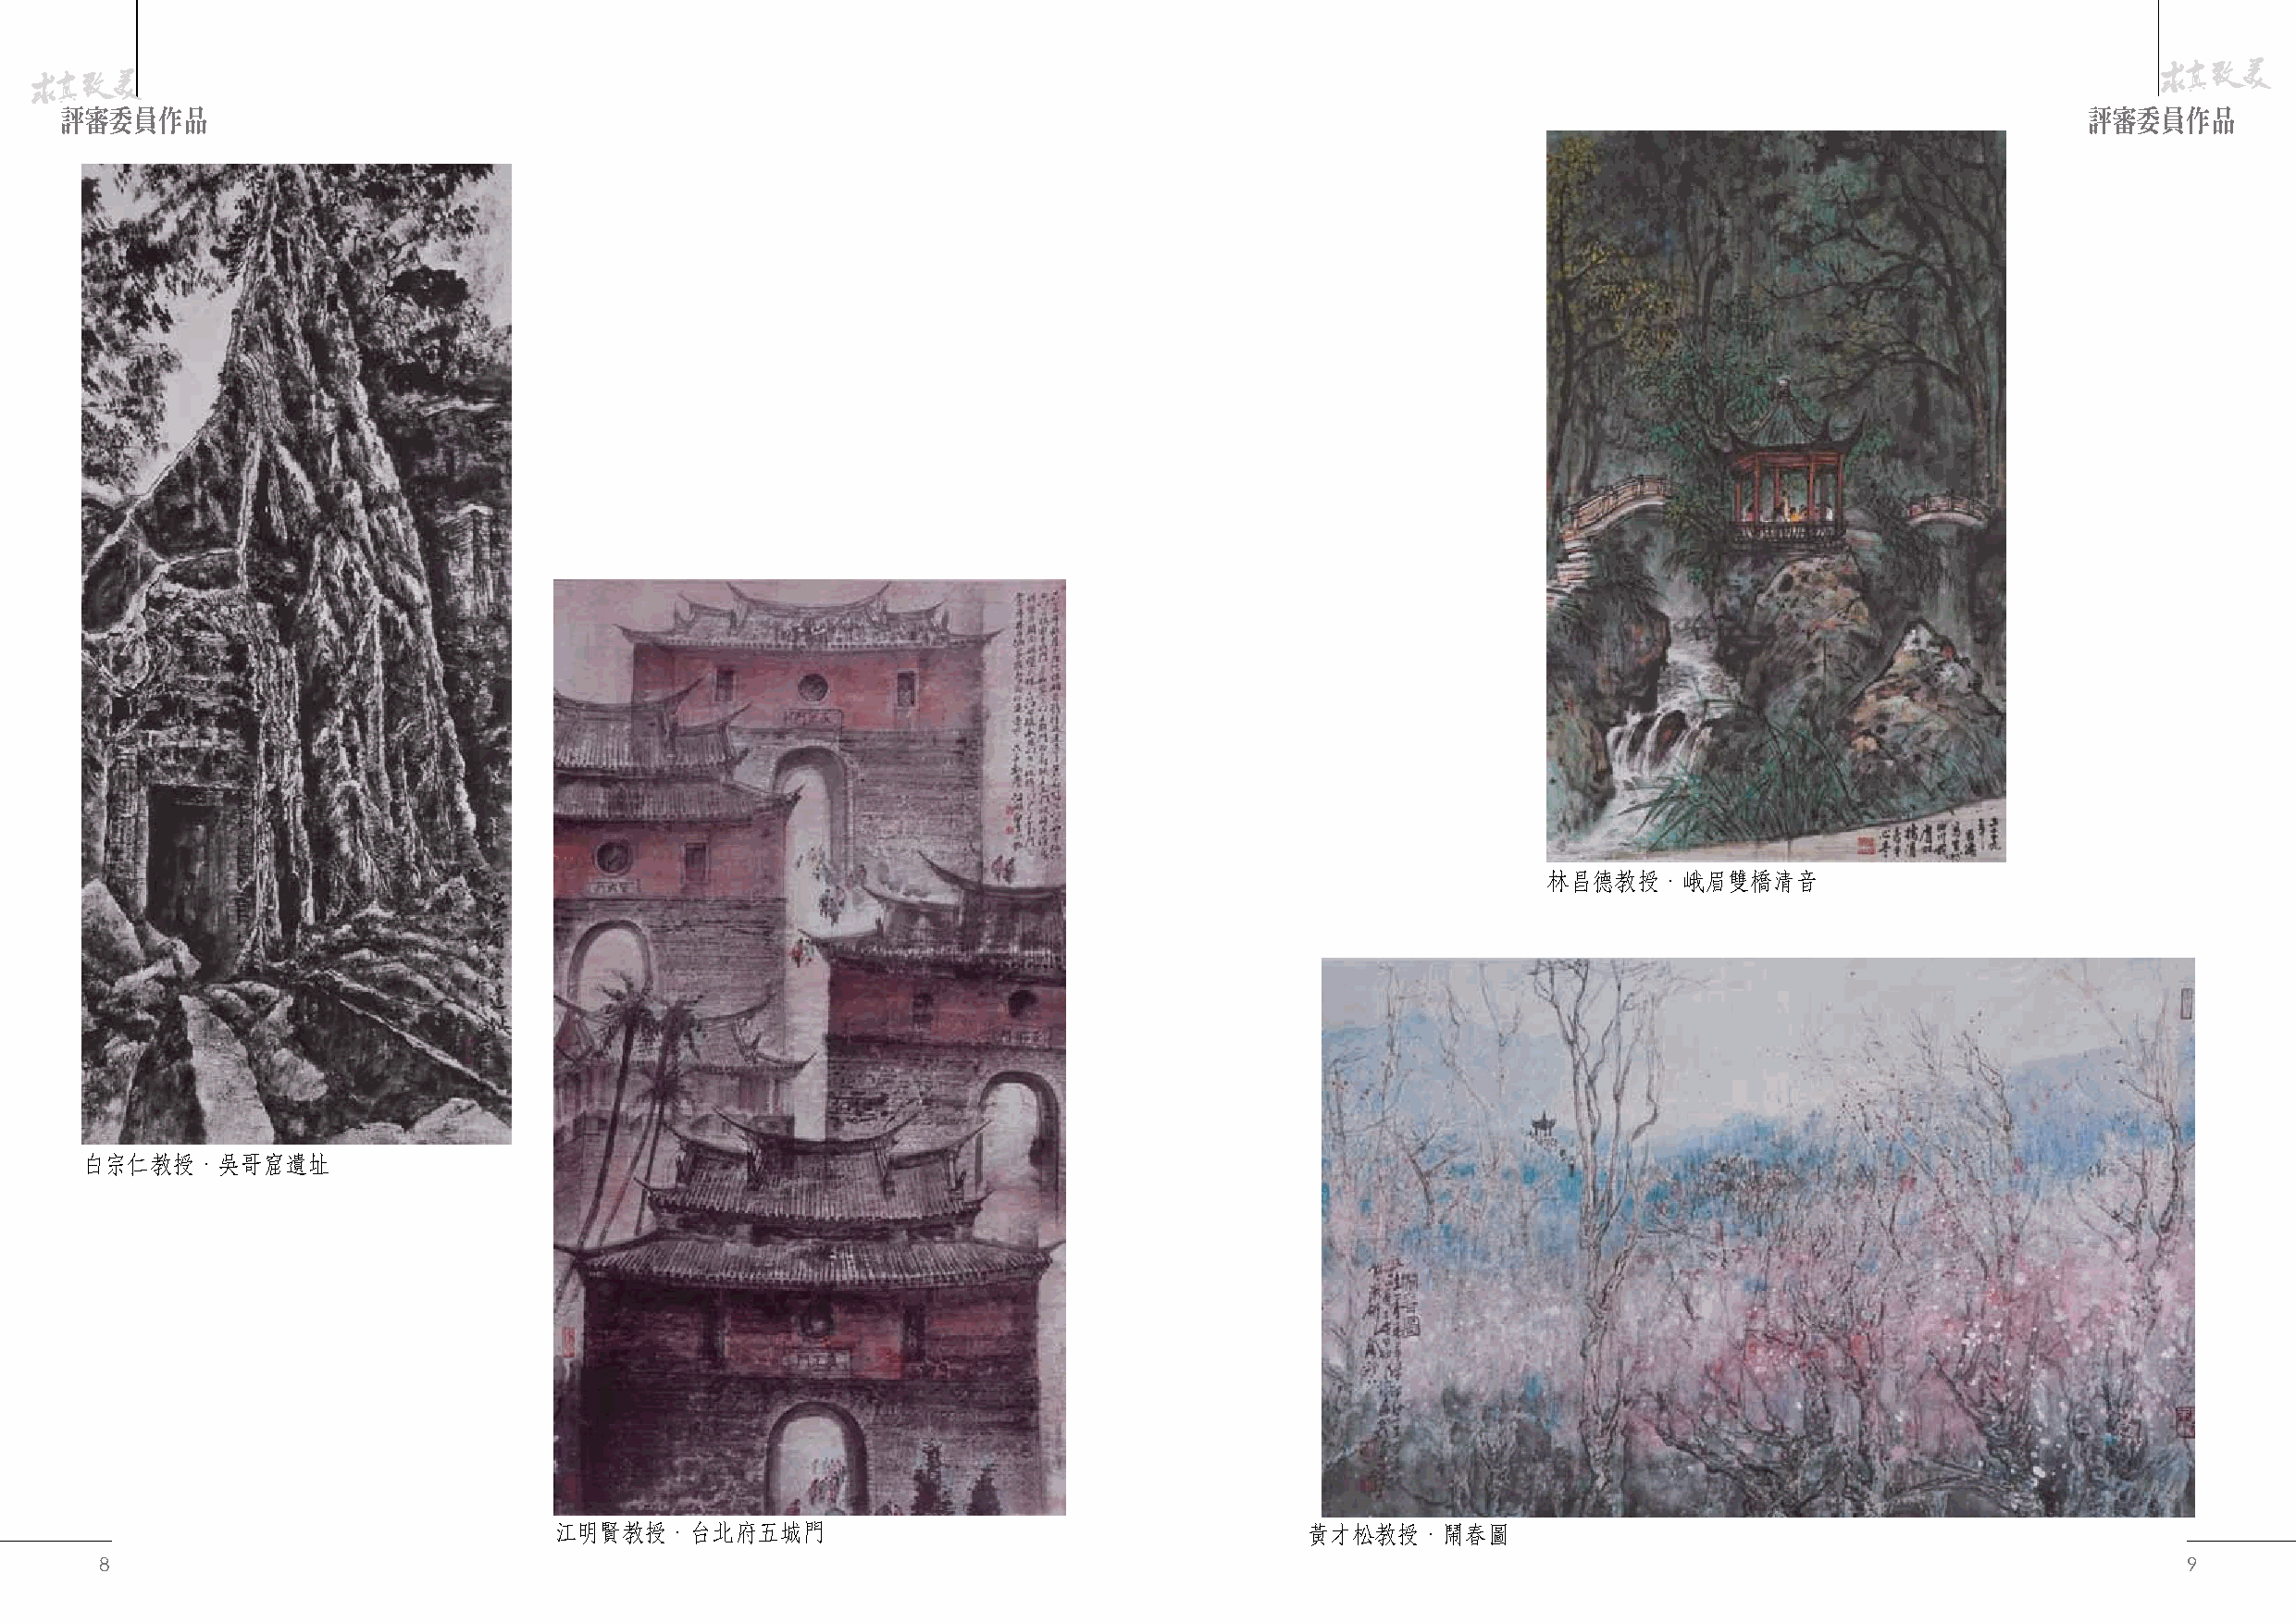
評審委員作品                                                                                                                                           評審委員作品
 林昌德教授．峨眉雙橋清音
 白宗仁教授．吳哥窟遺址
 江明賢教授．台北府五城門                                         黃才松教授．鬧春圖
 8                                                                                                                                                    9